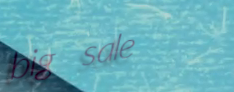
big sale